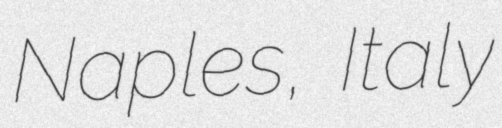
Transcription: Naples, Italy